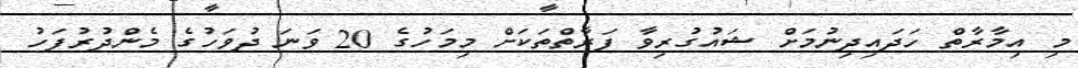
މި އިމާރާތް ހަދައިދިނުމަށް ޝައުގުރިވާ ފަރާތްތަކަށް މިމަހުގެ 20 ވަނަ ދުވަހުގެ މެންދުރުފަހު